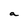
Character: a